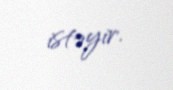
istəyir.